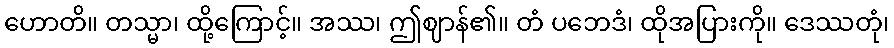
ဟောတိ။ တသ္မာ၊ ထို့ကြောင့်။ အဿ၊ ဤဈာန်၏။ တံ ပဘေဒံ၊ ထိုအပြားကို။ ဒေဿတုံ၊